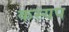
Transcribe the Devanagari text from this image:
कस्यप